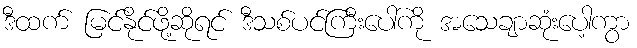
ဒီထက် မြင်နိုင်ဖို့ဆိုရင် ဒီသစ်ပင်ကြီးပေါ်ကို အသေချာဆုံးပေါ့ကွာ